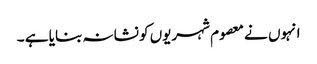
انہوں نے معصوم شہریوں کو نشانہ بنایا ہے ۔